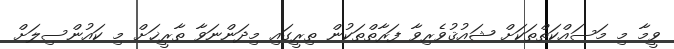
ވީމާ މި މަސައްކަތްތަކަށް ޝައުޤުވެރިވާ ފަރާތްތަކުން ތިރީގައި މިދަންނަވާ ތާރީޚަށް މި ކައުންސިލަށް